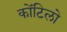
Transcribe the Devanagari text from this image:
कोंटिलो